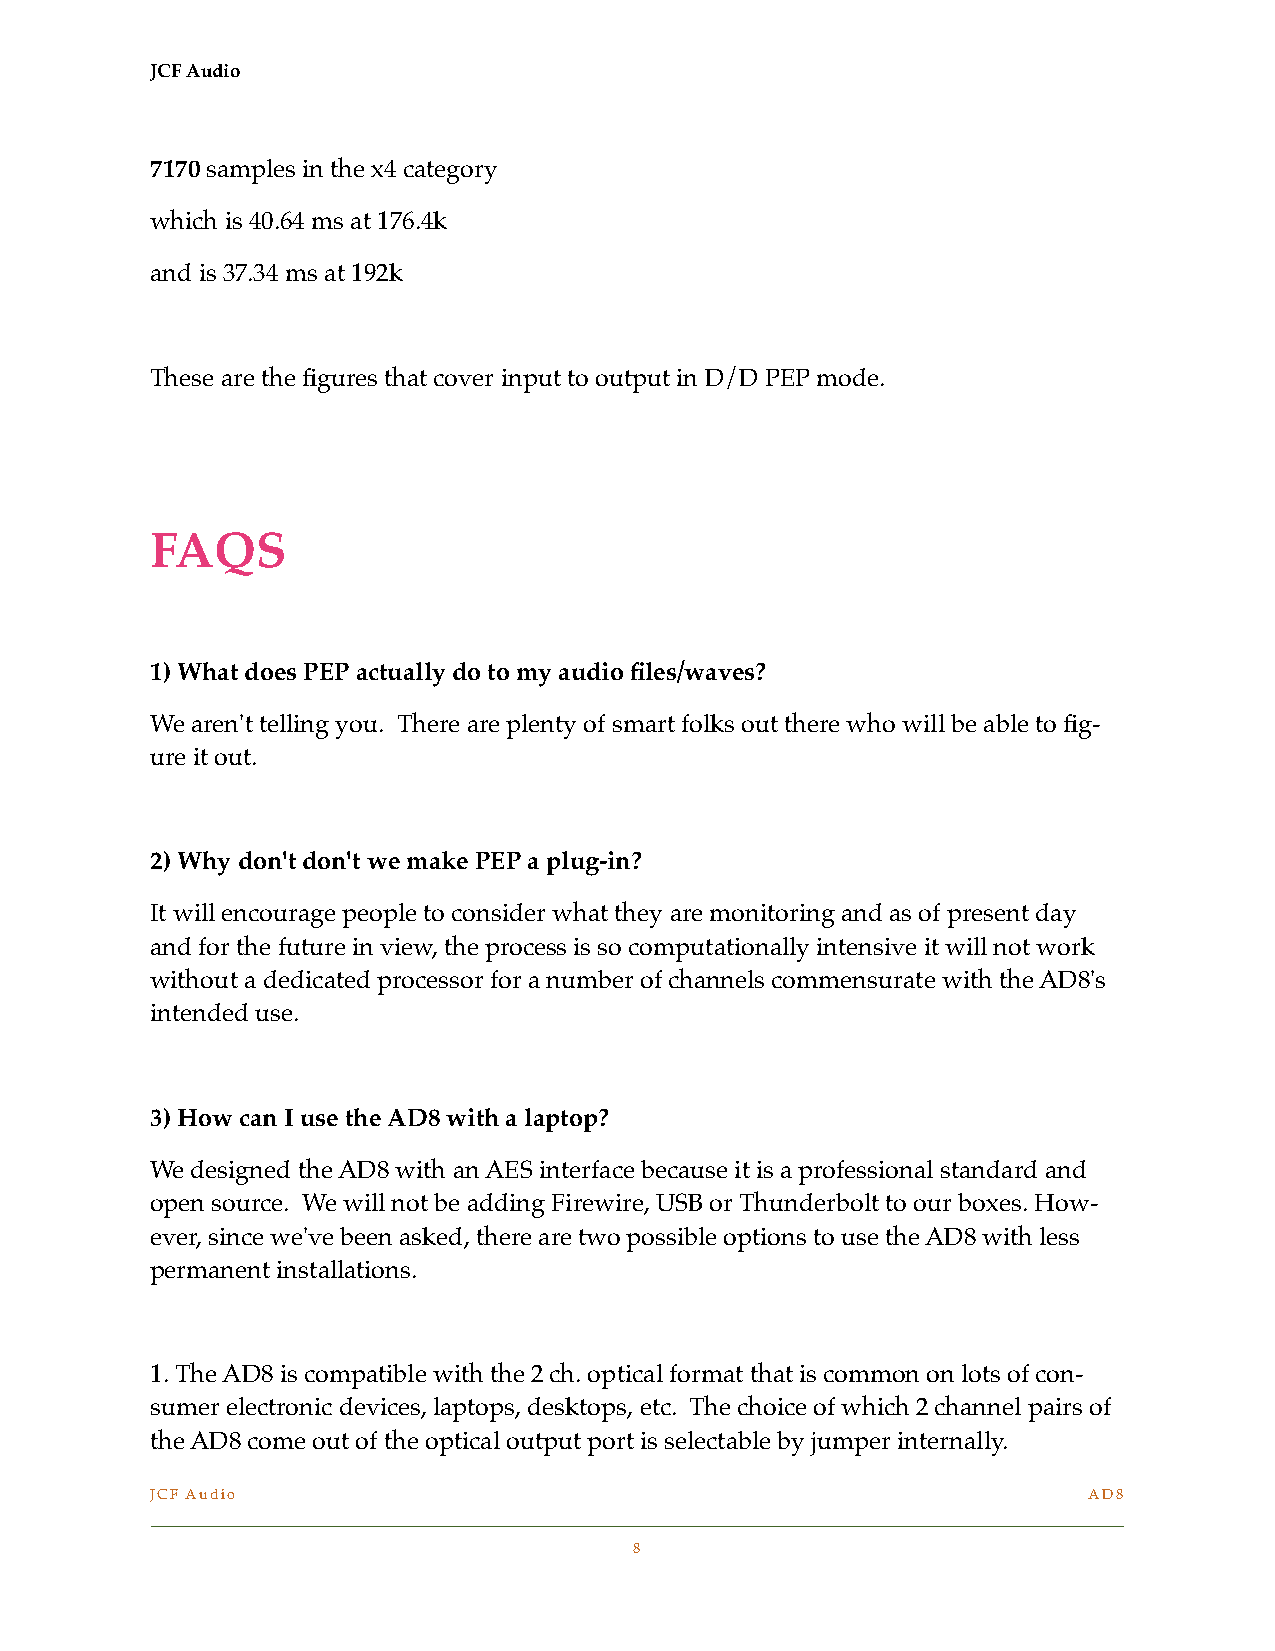
JCF Audio
 7170 samples in the x4 category
 which is 40.64 ms at 176.4k
 and is 37.34 ms at 192k
 These are the figures that cover input to output in D/D PEP mode.
 FAQS
 1) What does PEP actually do to my audio files/waves?
 We aren't telling you. There are plenty of smart folks out there who will be able to fig-
 ure it out.
 2) Why don't don't we make PEP a plug-in?
 It will encourage people to consider what they are monitoring and as of present day
 and for the future in view, the process is so computationally intensive it will not work
 without a dedicated processor for a number of channels commensurate with the AD8's
 intended use.
 3) How can I use the AD8 with a laptop?
 We designed the AD8 with an AES interface because it is a professional standard and
 open source. We will not be adding Firewire, USB or Thunderbolt to our boxes. How-
 ever, since we've been asked, there are two possible options to use the AD8 with less
 permanent installations.
 1. The AD8 is compatible with the 2 ch. optical format that is common on lots of con-
 sumer electronic devices, laptops, desktops, etc. The choice of which 2 channel pairs of
 the AD8 come out of the optical output port is selectable by jumper internally.
 JCF Audio                                                     AD8
 !
 !8